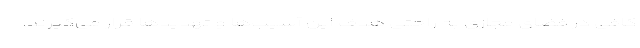
کافی در فضای مجازی به راحتی هدف این آسیب‌ها و تهدیدها قرار می‌گیرند.